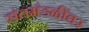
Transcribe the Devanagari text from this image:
संतमंडळींवर